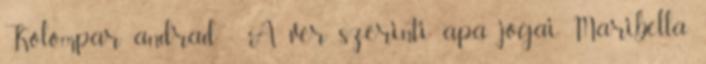
Kolompar andrad - A vér szerinti apa jogai Maribella